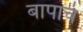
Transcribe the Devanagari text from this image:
बापाचं